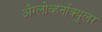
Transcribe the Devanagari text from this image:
अँग्लोव्हर्नाक्युलर